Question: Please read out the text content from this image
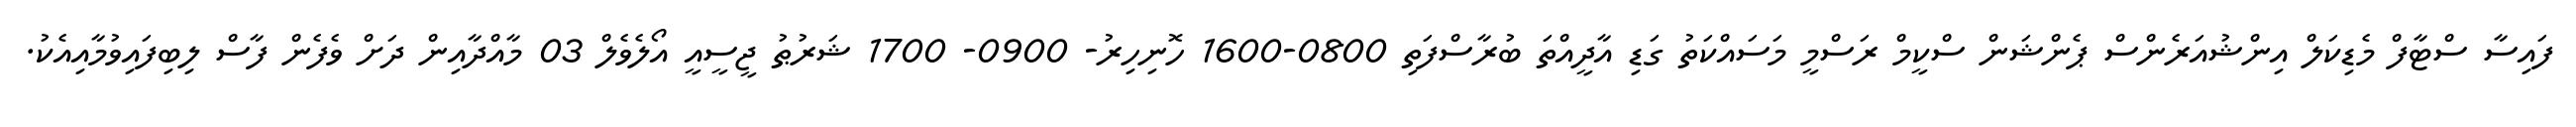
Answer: ފައިސާ ސްޓާފް މެޑިކަލް އިންޝުއަރެންސް ޕެންޝަން ސްކީމް ރަސްމީ މަސައްކަތު ގަޑި އާދީއްތަ ބުރާސްފަތި 0800-1600 ހޮނިހިރު- 0900- 1700 ޝަރުޠު ޖީސީއީ އޯލެވެލް 03 މާއްދާއިން ދަށް ވެފެން ފާސް ލިބިފައިވުމާއިއެކު.